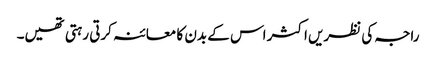
راجہ کی نظریں اکثر اس کے بدن کا معائنہ کرتی رہتی تھیں۔